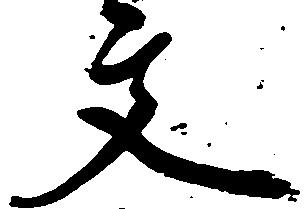
文